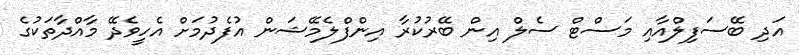
އަދި ބޭސަފިލްއާއި މަސްޓް ސެލް އިން ބޭރުކުރާ އިންފްލެމޭޝަން އުފެދުމަށް އެހީވެދޭ މާއްދާތަކުގެ